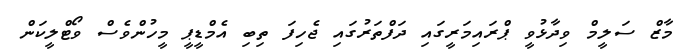
މާޒް ސަލީމް ވިދާޅުވީ ޕްރައިމަރީގައި ދަފްތަރުގައި ޖެހިފަ ތިބި އެމްޑީޕީ މީހުންވެސް ވޯޓްލީކަން